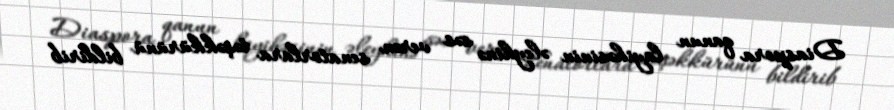
Diaspora qanun layihəsinin əleyhinə səs verən senatorlara təşəkkürünü bildirib